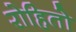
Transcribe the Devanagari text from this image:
रोहितो